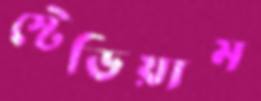
স্টেডিয়াম